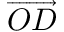
\overrightarrow { O D }